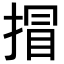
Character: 𢯾